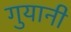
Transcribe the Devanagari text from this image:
गुयानी